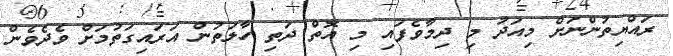
ރައްޔިތުންނަށް މިއަދު މި ދިމާވެފައި މި އޮތް ދަތި ހާލަތުން އަރައިގަތުމަށް ވެދެވެން